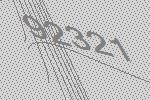
92321